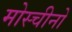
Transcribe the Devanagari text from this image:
मोस्चीनो